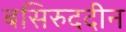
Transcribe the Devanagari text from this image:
बसिरुददीन